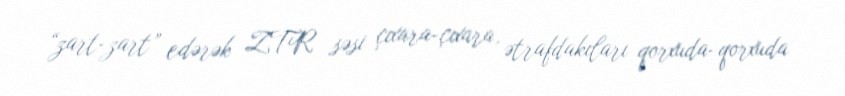
“zart-zart” edərək ZTR səsi çıxara-çıxara, ətrafdakıları qorxuda-qorxuda